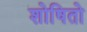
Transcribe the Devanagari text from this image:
शोषितो